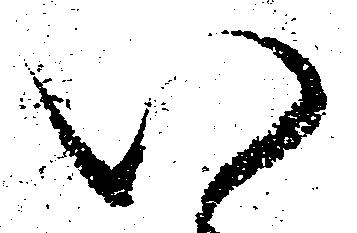
い